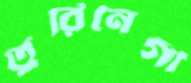
তুরিনেগী